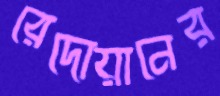
রেদোয়ানের